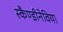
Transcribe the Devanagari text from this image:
स्कैण्डीनेविया